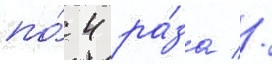
по́ 4 ра́за //